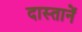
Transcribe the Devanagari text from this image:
दास्तानें